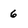
Character: 6